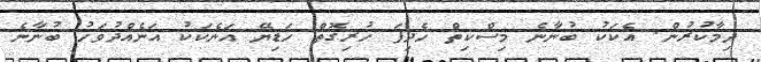
ދިމާކުރުން. އެކަކު ބުނާނެ މިސްކިތް ހެދިފަ ހުރިގޮތް ހަޑިޔޭ އަނެކަކު އަނެއްދުވަހު ބުނާނެ